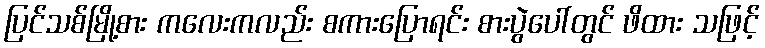
ပြင်သစ်မြို့စား ကလေးကလည်း စကားပြောရင်း စားပွဲပေါ်တွင် ဖိထား သဖြင့်